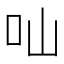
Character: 𠮿